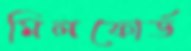
মিলফোর্ড